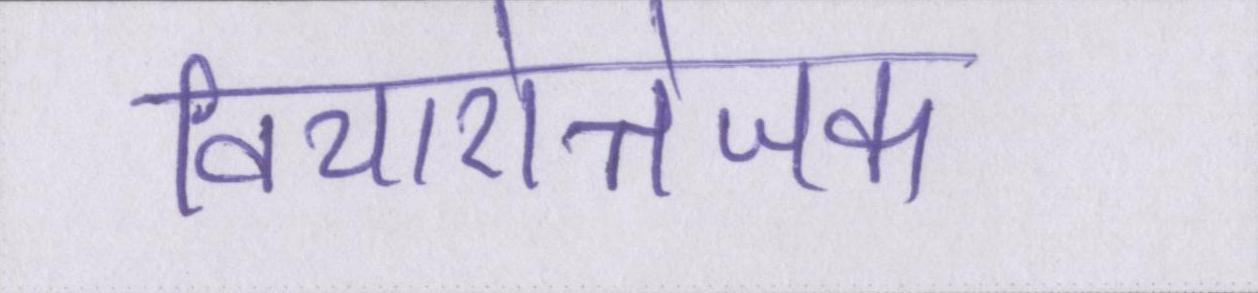
विचारोत्तेजक